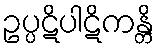
ဥပ္ပဋိပါဋိကန္တိ